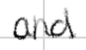
Text: and
Cross-out: clean
Writing tool: digital_black